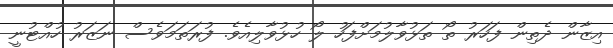
އިޒާން ދެތިން ފަހަރު ތޯ ތަޅުވާލުމަށްފަހު ލޯ ހުޅުވާލިއެވެ. ފުރަތަމަވެސް ނަޒަރު ހުއްޓުނީ